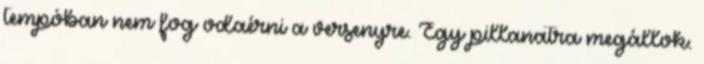
tempóban nem fog odaérni a versenyre. Egy pillanatra megállok.